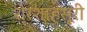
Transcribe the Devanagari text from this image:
शेरशाहसूरी